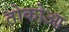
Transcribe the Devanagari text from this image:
तोकोआ